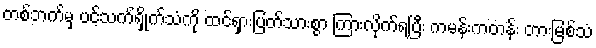
တစ်ဘက်မှ ပင့်သက်ရှိုက်သံကို ထင်ရှားပြတ်သားစွာ ကြားလိုက်ရပြီး ကမန်းကတန်း တားမြစ်သံ